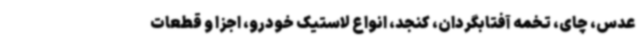
عدس، چای، تخمه آفتابگردان، کنجد، انواع لاستیک خودرو، اجزا و قطعات